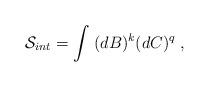
LaTeX: \begin{align*}\mathcal{S}_{int}=\int \;(dB)^k(dC)^q\;, \end{align*}